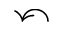
\curvearrowleft